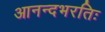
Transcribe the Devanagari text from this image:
आनन्दभरतिः